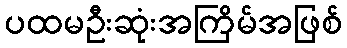
ပထမဦးဆုံးအကြိမ်အဖြစ်